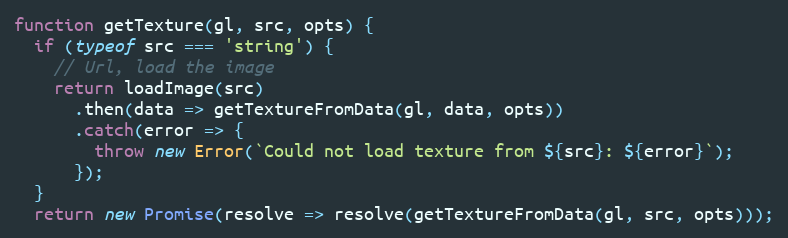
Language: JavaScript
function getTexture(gl, src, opts) {
  if (typeof src === 'string') {
    // Url, load the image
    return loadImage(src)
      .then(data => getTextureFromData(gl, data, opts))
      .catch(error => {
        throw new Error(`Could not load texture from ${src}: ${error}`);
      });
  }
  return new Promise(resolve => resolve(getTextureFromData(gl, src, opts)));